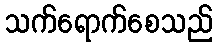
သက်ရောက်စေသည်